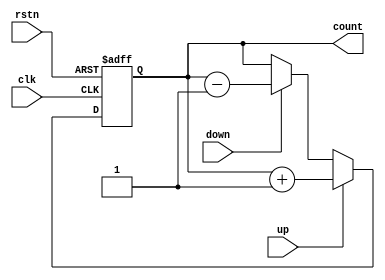
module counter (rstn, clk, up, down, count);
    // Default parameter. This can be overrriden
	parameter WIDTH = 8;
	
	input rstn;
	input clk;
	input up;
	input down;
	output [WIDTH-1:0] count;
	
	reg[WIDTH-1:0] count_int = 0;
	
	assign count = count_int;
	
	always @ (posedge clk or negedge rstn) begin
		if(rstn == 0) begin
			count_int <= 0;
		end else begin		
			if(up == 1) begin
				count_int  <= count_int + 1'b1;
			end else if(down == 1) begin
				count_int <= count_int - 1'b1;
			end
		end
	end
endmodule